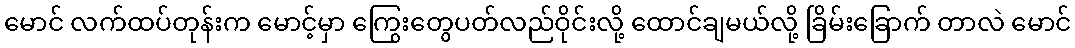
မောင် လက်ထပ်တုန်းက မောင့်မှာ ကြွေးတွေပတ်လည်ဝိုင်းလို့ ထောင်ချမယ်လို့ ခြိမ်းခြောက် တာလဲ မောင်